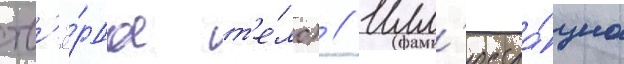
тв'ё́рдое т'е́ло) // Илл'юстра́циа